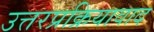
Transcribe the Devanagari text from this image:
उत्तरप्रक्रियावाद